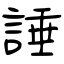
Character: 諈